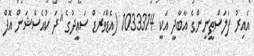
އެއިރު ފަލަސްޠީނީންގެ އާބާދީ އަކީ 1033314 (އެޑްވަރޑް ސަޢީދުގެ "ދަ ކުއެސްޝަން އޮފް